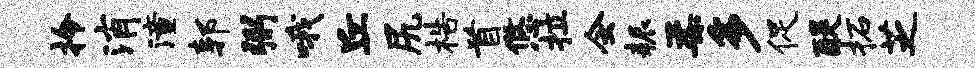
拎消潼郭弼哦丘尻梏首悠拉会耨柔多促醍柘芝